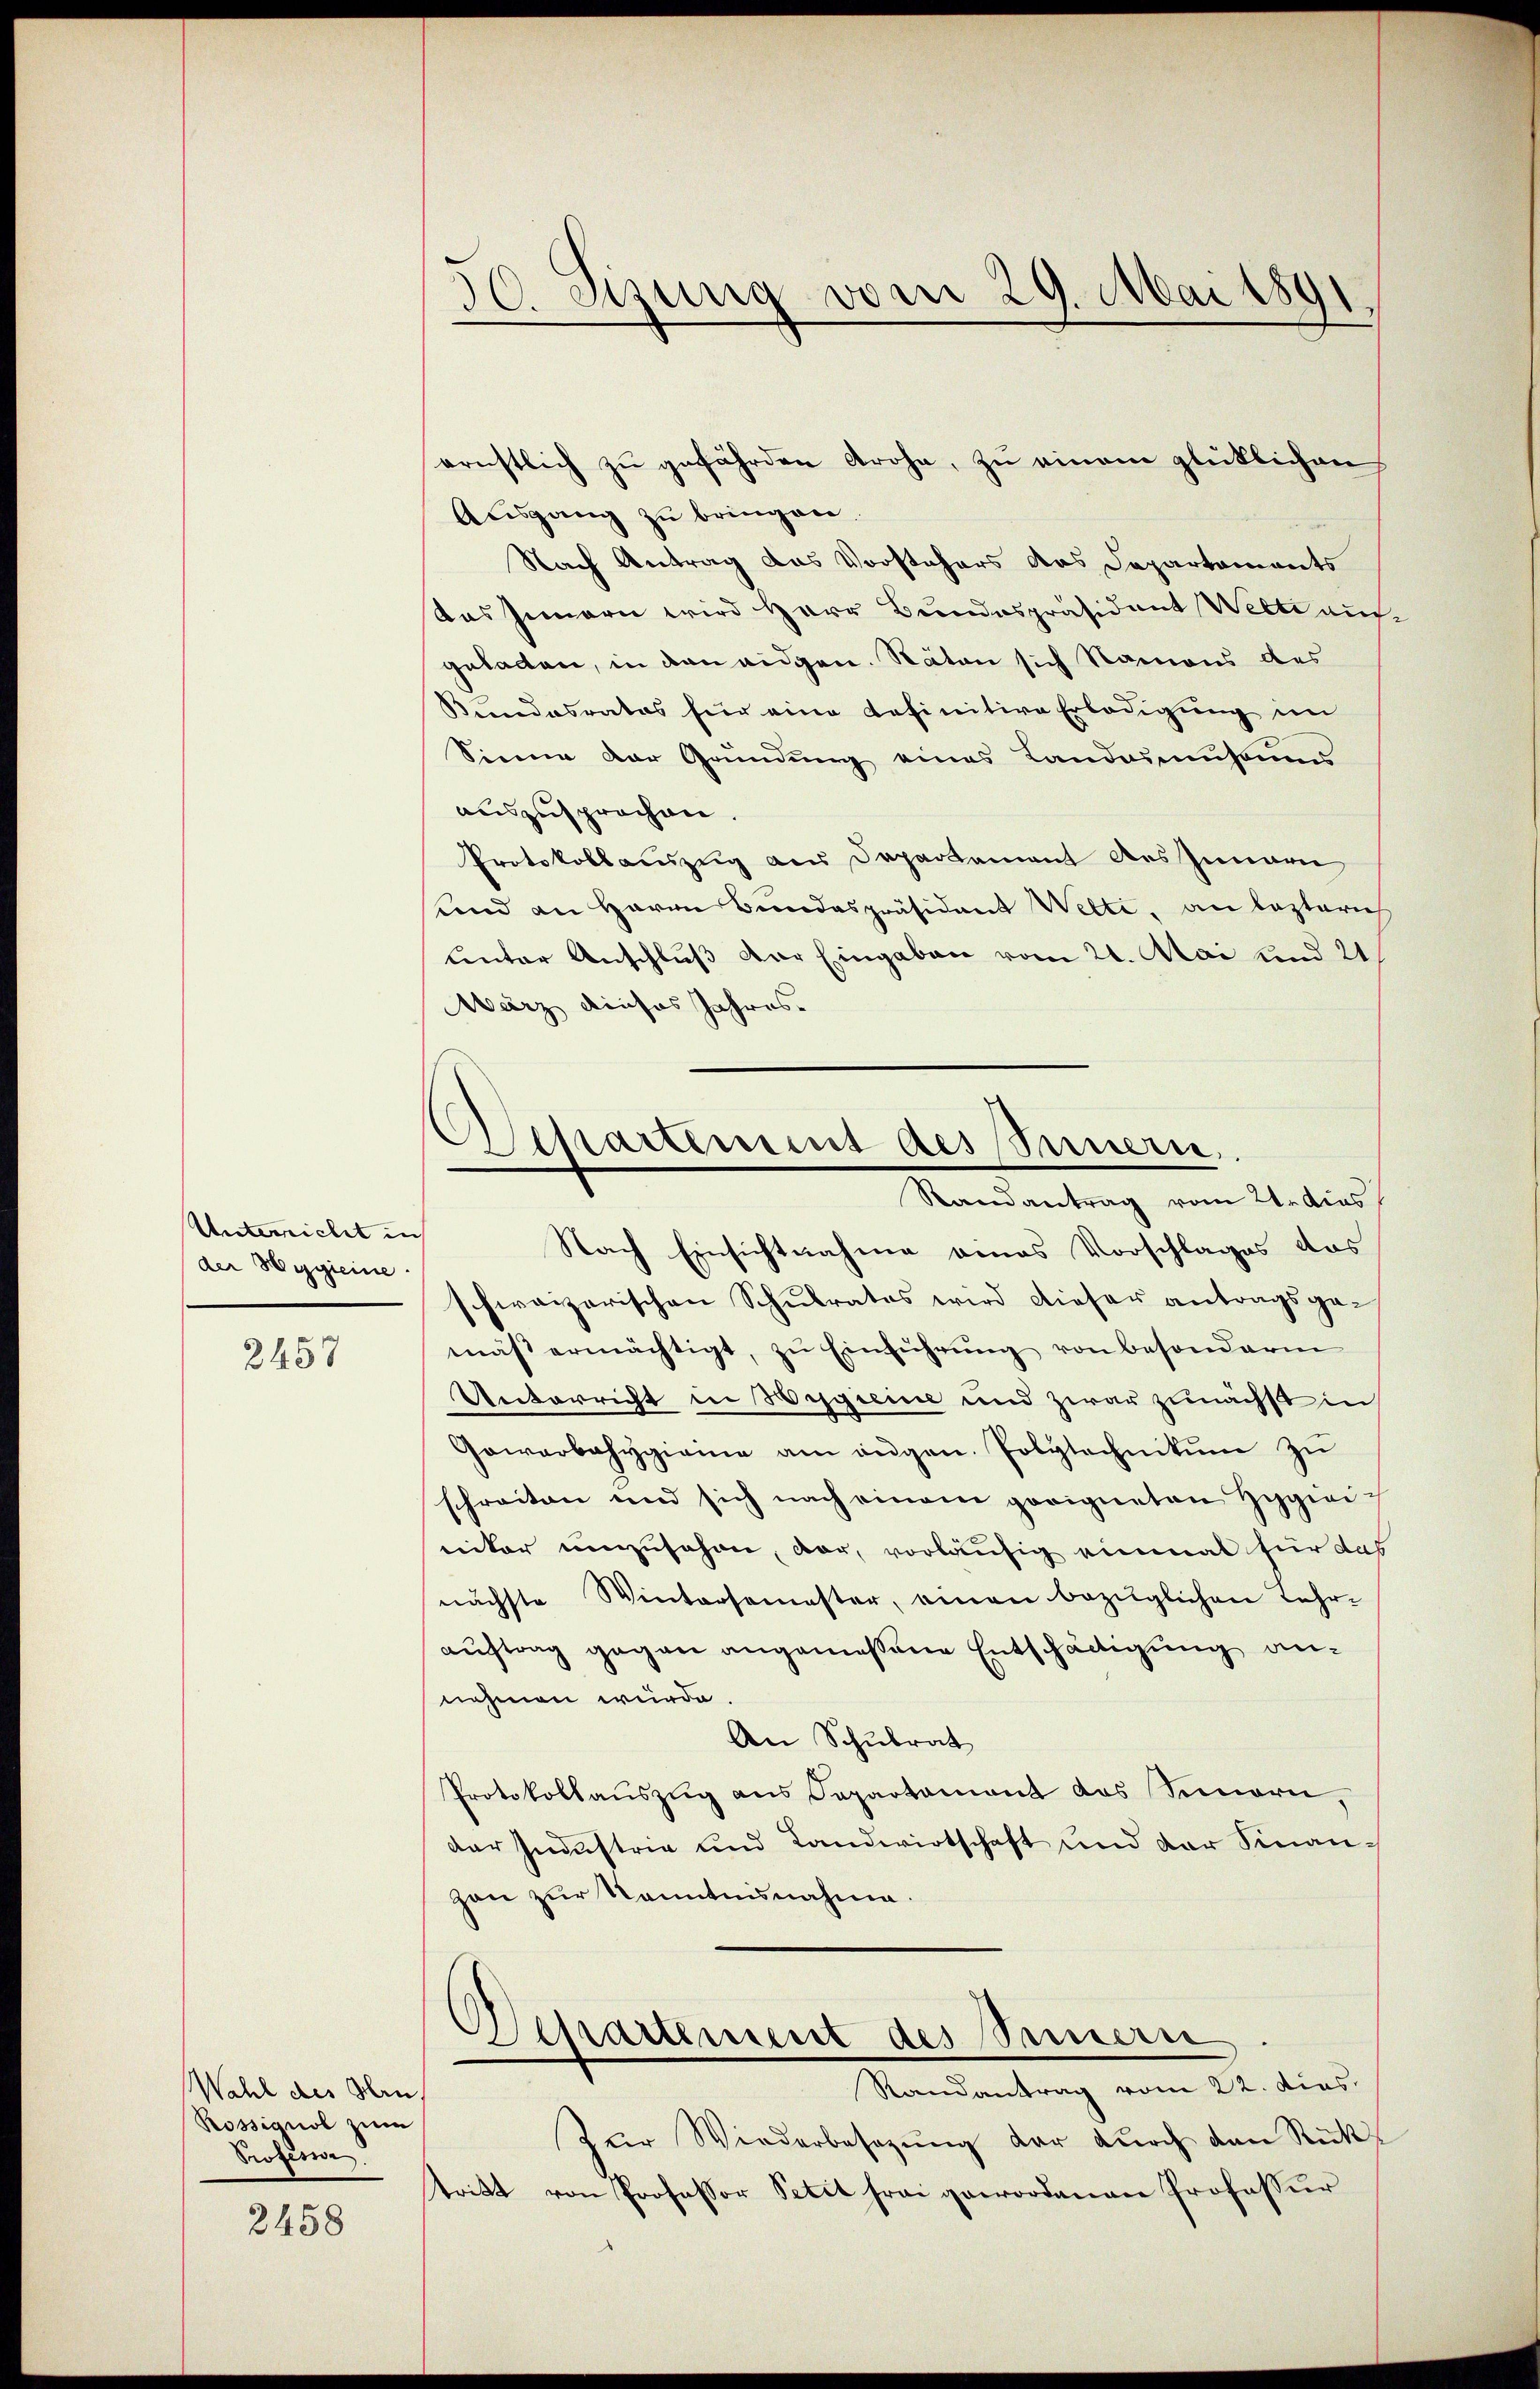
Unterricht in
der Hygieine.

2457

Wahl des Hrn
Rossignol zum
Professor

2458

30. Sizung vom 29. Mai 1891

Separtement des Innern.
Randantrag vom 21. dies

ernstlich zŭ gefährden Grohe, zu einem glücklichen
Ausgang zu bringen.
Nach Antrag das Vorstehers das Departaments
Das Innern wird Herr Bundespräsident Welti auf
geladen, in dan eidgen. Räten sich Namens des
Bundesrates für eine definitive Erledigung im
Sienne der Gründŭng eines Landersams
auszusprochen.
Protokollauszug aus Departament des Innern
und an Herrn Bundespräsident Wetti, an lezterich
unter Anschluß der Eingaben vom 21. Mai und 21
März dieses Jahres
Nach Einsichtnahme eines Vorschlages das
schweizerischen Schulrates wird dieser antragsgemäβ ermächtigt, zŭ Einführŭng von besonderm
Unterricht in Hisgieine und zwar zunächst in
Gowarbahygirine am augen. Polytechnikum zu
schreiten und sich nach einem geeigneten Hygieiniker umzusehen, dar, vorläufig einmal für das
nächste Wintersemester, einen bezüglichen Lehrauftrag gegen angemessene Entschädigung annehmen würde
An Schulrat
Protokollaŭszŭg ans Departamant das Sennern,
dar Industrie und Landwirtschaft und der Finan-
zon zur Kenntnisnahme.
Departement des Sinnern
Randantrag vom 22. dies
Zŭr Wiederbesetzŭng der dŭrch den Rücktritt von Professor Petit frei gewordenen Professur